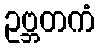
ဥဗ္ဘတကံ